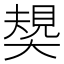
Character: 𡙭